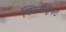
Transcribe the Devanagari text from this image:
स्पिनड्रिफ्ट